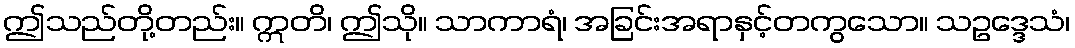
ဤသည်တို့တည်း။ ဣတိ၊ ဤသို။ သာကာရံ၊ အခြင်းအရာနှင့်တကွသော။ သဥဒ္ဒေသံ၊